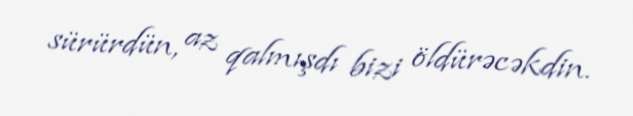
sürürdün, az qalmışdı bizi öldürəcəkdin.